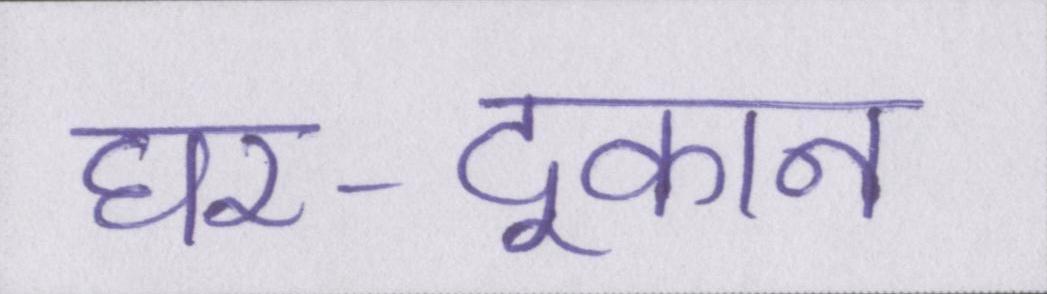
घर-दूकान